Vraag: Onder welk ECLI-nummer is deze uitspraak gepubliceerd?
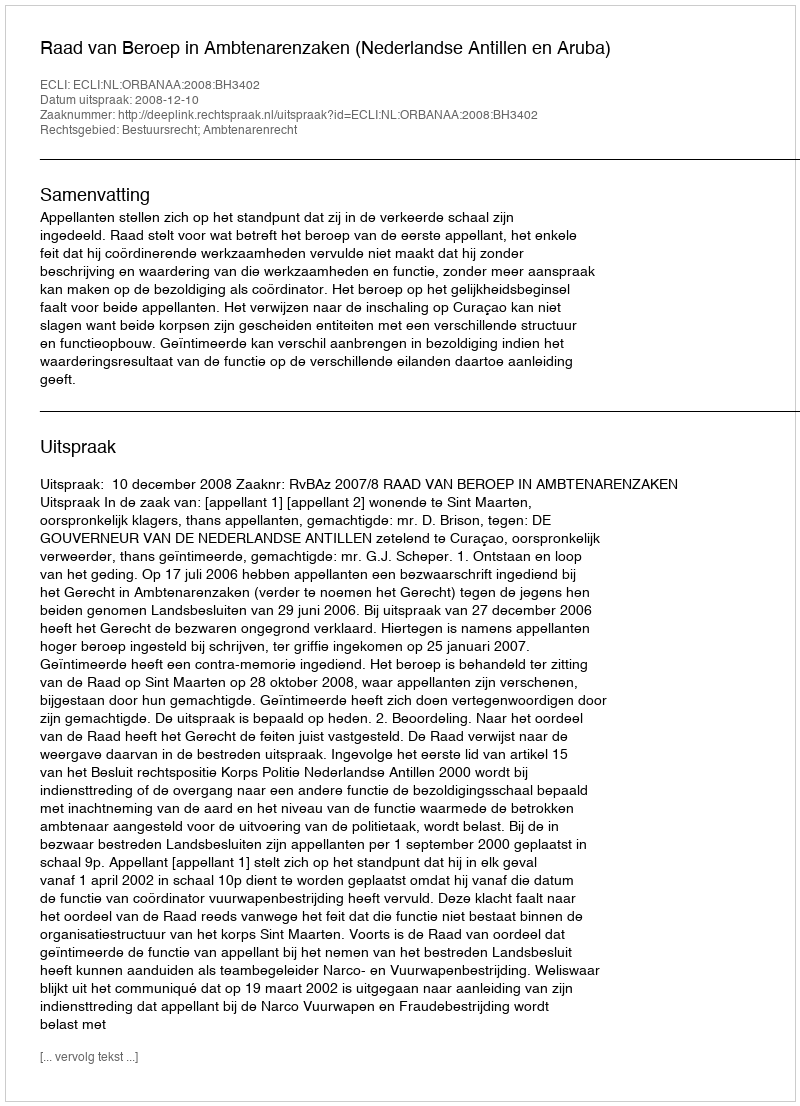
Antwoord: ECLI:NL:ORBANAA:2008:BH3402